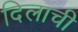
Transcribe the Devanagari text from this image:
दिलाची